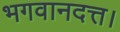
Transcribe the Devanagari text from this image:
भगवानदत्त।